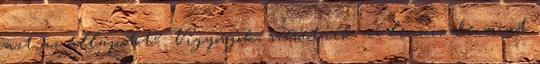
azt az állapotot? Vigyorgok, szeretnék az lenni, de mint